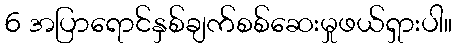
6 အပြာရောင်နှစ်ချက်စစ်ဆေးမှုဖယ်ရှားပါ။